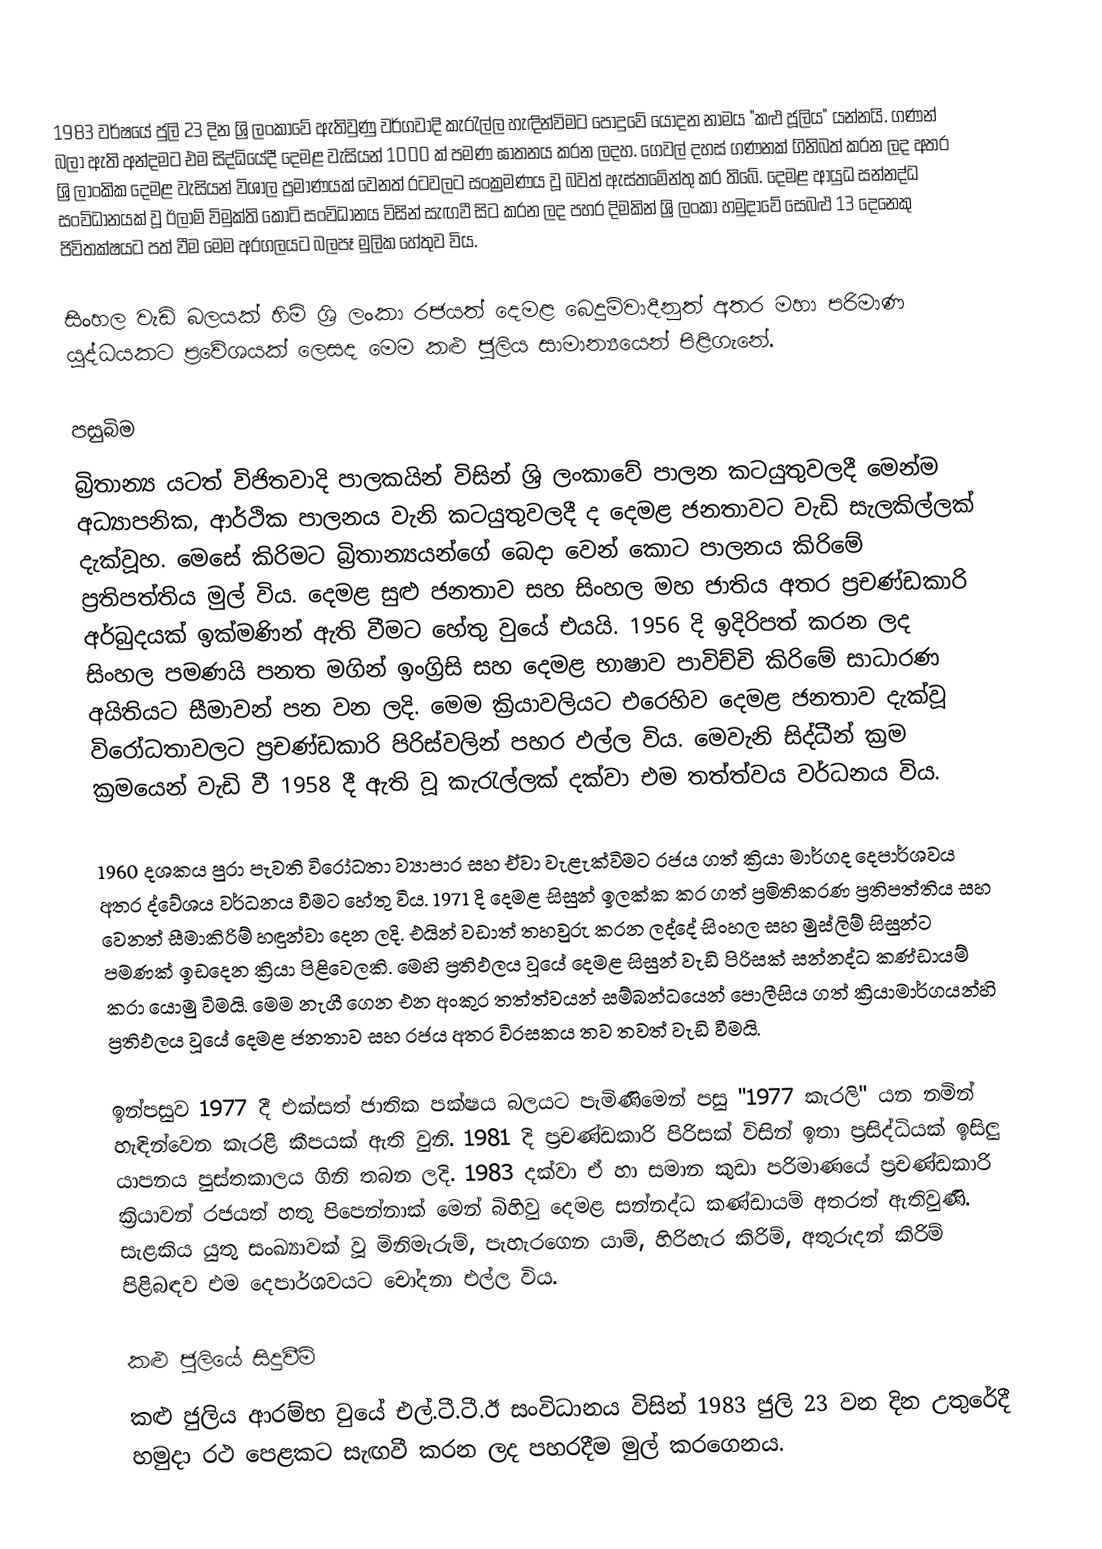
1983 වර්ෂයේ ජුලි 23 දින ශ්‍රි ලංකාවේ ඇතිවුණු වර්ගවාදි කැරැල්ල හැඳින්විමට පොදුවේ යොදන නාමය "කළු ජූලිය" යන්නයි. ගණන් බලා ඇති අන්දමට එම සිද්ධියේදී දෙමළ වැසියන් 1000 ක් පමණ ඝාතනය කරන ලදහ. ගෙවල් දහස් ගණනක් ගිනිබත් කරන ලද අතර ශ්‍රි ලාංකික දෙමළ වැසියන් විශාල ප්‍රමාණයක් වෙනත් රටවලට සංක්‍රමණය වූ බවත් ඇස්තමේන්තු කර තිබේ. දෙමළ ආයුධ සන්නද්ධ සංවිධානයක් වූ ඊලාම් විමුක්ති කොටි සංවිධානය විසින් සැඟවී සිට කරන ලද පහර දිමකින් ශ්‍රි ලංකා හමුදාවේ සෙබළු 13 දෙනෙකු ජිවිතක්ෂයට පත් වීම මෙම අරගලයට බලපෑ මුලික හේතුව විය.

සිංහල වැඩි බලයක් හිමි ශ්‍රි ලංකා රජයත් දෙමළ බෙදුම්වාදීනුත් අතර මහා පරිමාණ යුද්ධයකට ප්‍රවේශයක් ලෙසද මෙම කළු ජූලිය සාමාන්‍යයෙන් පිළිගැනේ.

පසුබිම
බ්‍රිතාන්‍ය යටත් විජිතවාදි පාලකයින් විසින් ශ්‍රි ලංකාවේ පාලන කටයුතුවලදී මෙන්ම අධ්‍යාපනික, ආර්ථික පාලනය වැනි කටයුතුවලදී ද දෙමළ ජනතාවට වැඩි සැලකිල්ලක් දැක්වූහ. මෙසේ කිරිමට බ්‍රිතාන්‍යයන්ගේ බෙදා වෙන් කොට පාලනය කිරිමේ ප්‍රතිපත්තිය මුල් විය. දෙමළ සුළු ජනතාව සහ සිංහල මහ ජාතිය අතර ප්‍රචණ්ඩකාරි අර්බුදයක් ඉක්මණින් ඇති වීමට හේතු වුයේ එයයි. 1956 දි ඉදිරිපත් කරන ලද සිංහල පමණයි පනත මගින් ඉංග්‍රිසි සහ දෙමළ භාෂාව පාවිච්චි කිරිමේ සාධාරණ අයිතියට සීමාවන් පන වන ලදි. මෙම ක්‍රියාවලියට එරෙහිව දෙමළ ජනතාව දැක්වූ විරෝධතාවලට ප්‍රචණ්ඩකාරි පිරිස්වලින් පහර ඵල්ල විය. මෙවැනි සිද්ධීන් ක්‍රම ක්‍රමයෙන් වැඩි වී 1958 දී ඇති වූ කැරැල්ලක් දක්වා එම තත්ත්වය වර්ධනය විය.

1960 දශකය පුරා පැවති විරෝධතා ව්‍යාපාර සහ ඒවා වැළැක්විමට රජය ගත් ක්‍රියා මාර්ගද දෙපාර්ශවය අතර ද්වේශය වර්ධනය වීමට හේතු විය. 1971 දි දෙමළ සිසුන් ඉලක්ක කර ගත් ප්‍රමිතිකරණ ප්‍රතිපත්තිය සහ වෙනත් සීමාකිරිම් හඳුන්වා දෙන ලදි. එයින් වඩාත් තහවුරු කරන ලද්දේ සිංහල සහ මුස්ලිම් සිසුන්ට පමණක් ඉඩදෙන ක්‍රියා පිළිවෙලකි. මෙහි ප්‍රතිඵලය වූයේ දෙමළ සිසුන් වැඩි පිරිසක් සන්නද්ධ කණ්ඩායම් කරා යොමු විමයි. මෙම නැගී ගෙන එන අංකුර තත්ත්වයන් සම්බන්ධයෙන් පොලීසිය ගත් ක්‍රියාමාර්ගයන්හි ප්‍රතිඵලය වූයේ දෙමළ ජනතාව සහ රජය අතර විරසකය තව තවත් වැඩි වීමයි.

ඉන්පසුව 1977 දී එක්සත් ජාතික පක්ෂය බලයට පැමිණිමෙන් පසු "1977 කැරලි" යන නමින් හැඳින්වෙන කැරළි කීපයක් ඇති වුනි. 1981 දි ප්‍රචණ්ඩකාරි පිරිසක් විසින් ඉතා ප්‍රසිද්ධියක් ඉසිලු යාපනය පුස්තකාලය ගිනි තබන ලදි. 1983 දක්වා ඒ හා සමාන කුඩා පරිමාණයේ ප්‍රචණ්ඩකාරි ක්‍රියාවන් රජයත් හතු පිපෙන්නාක් මෙන් බිහිවු දෙමළ සන්නද්ධ කණ්ඩායම් අතරත් ඇතිවුණි. සැළකිය යුතු සංඛ්‍යාවක් වූ මිනිමැරුම්, පැහැරගෙන යාම්, හිරිහැර කිරිම්, අතුරුදන් කිරිම් පිළිබඳව එම දෙපාර්ශවයට චෝදනා එල්ල විය.

කළු ජුලියේ සිදුවීම්
කළු ජුලිය ආරම්භ වුයේ එල්.ටී.ටී.ඊ සංවිධානය විසින් 1983 ජුලි 23 වන දින උතුරේදී හමුදා රථ පෙළකට සැඟවී කරන ලද පහරදීම මුල් කරගෙනය.